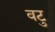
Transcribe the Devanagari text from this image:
वटु